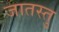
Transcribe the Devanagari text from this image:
जातस्तु